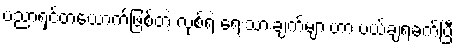
ပညာရှင်တယောက်ဖြစ်တဲ့ လုစ်ရဲ့ ရေးသားချက်များဟာ ပယ်ချရခက်ပြီး